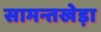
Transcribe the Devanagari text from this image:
सामन्तखेड़ा